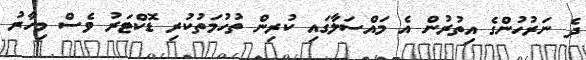
ދެ ނަރުހުންގެ އިތުރުން އެ މައްސަލާގައި ކުރިން ތުހުމަތުކުރި ޑޮކްޓަރު ވެސް މިހާރު